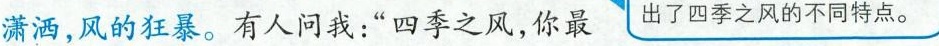
潇洒，风的狂暴。有人问我：“四季之风，你最 出了四季之风的不同特点。